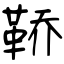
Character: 鞒